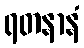
ရတနာနံ